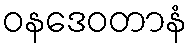
ဝနဒေဝတာနံ